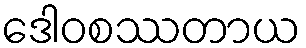
ဒေါဝစဿတာယ